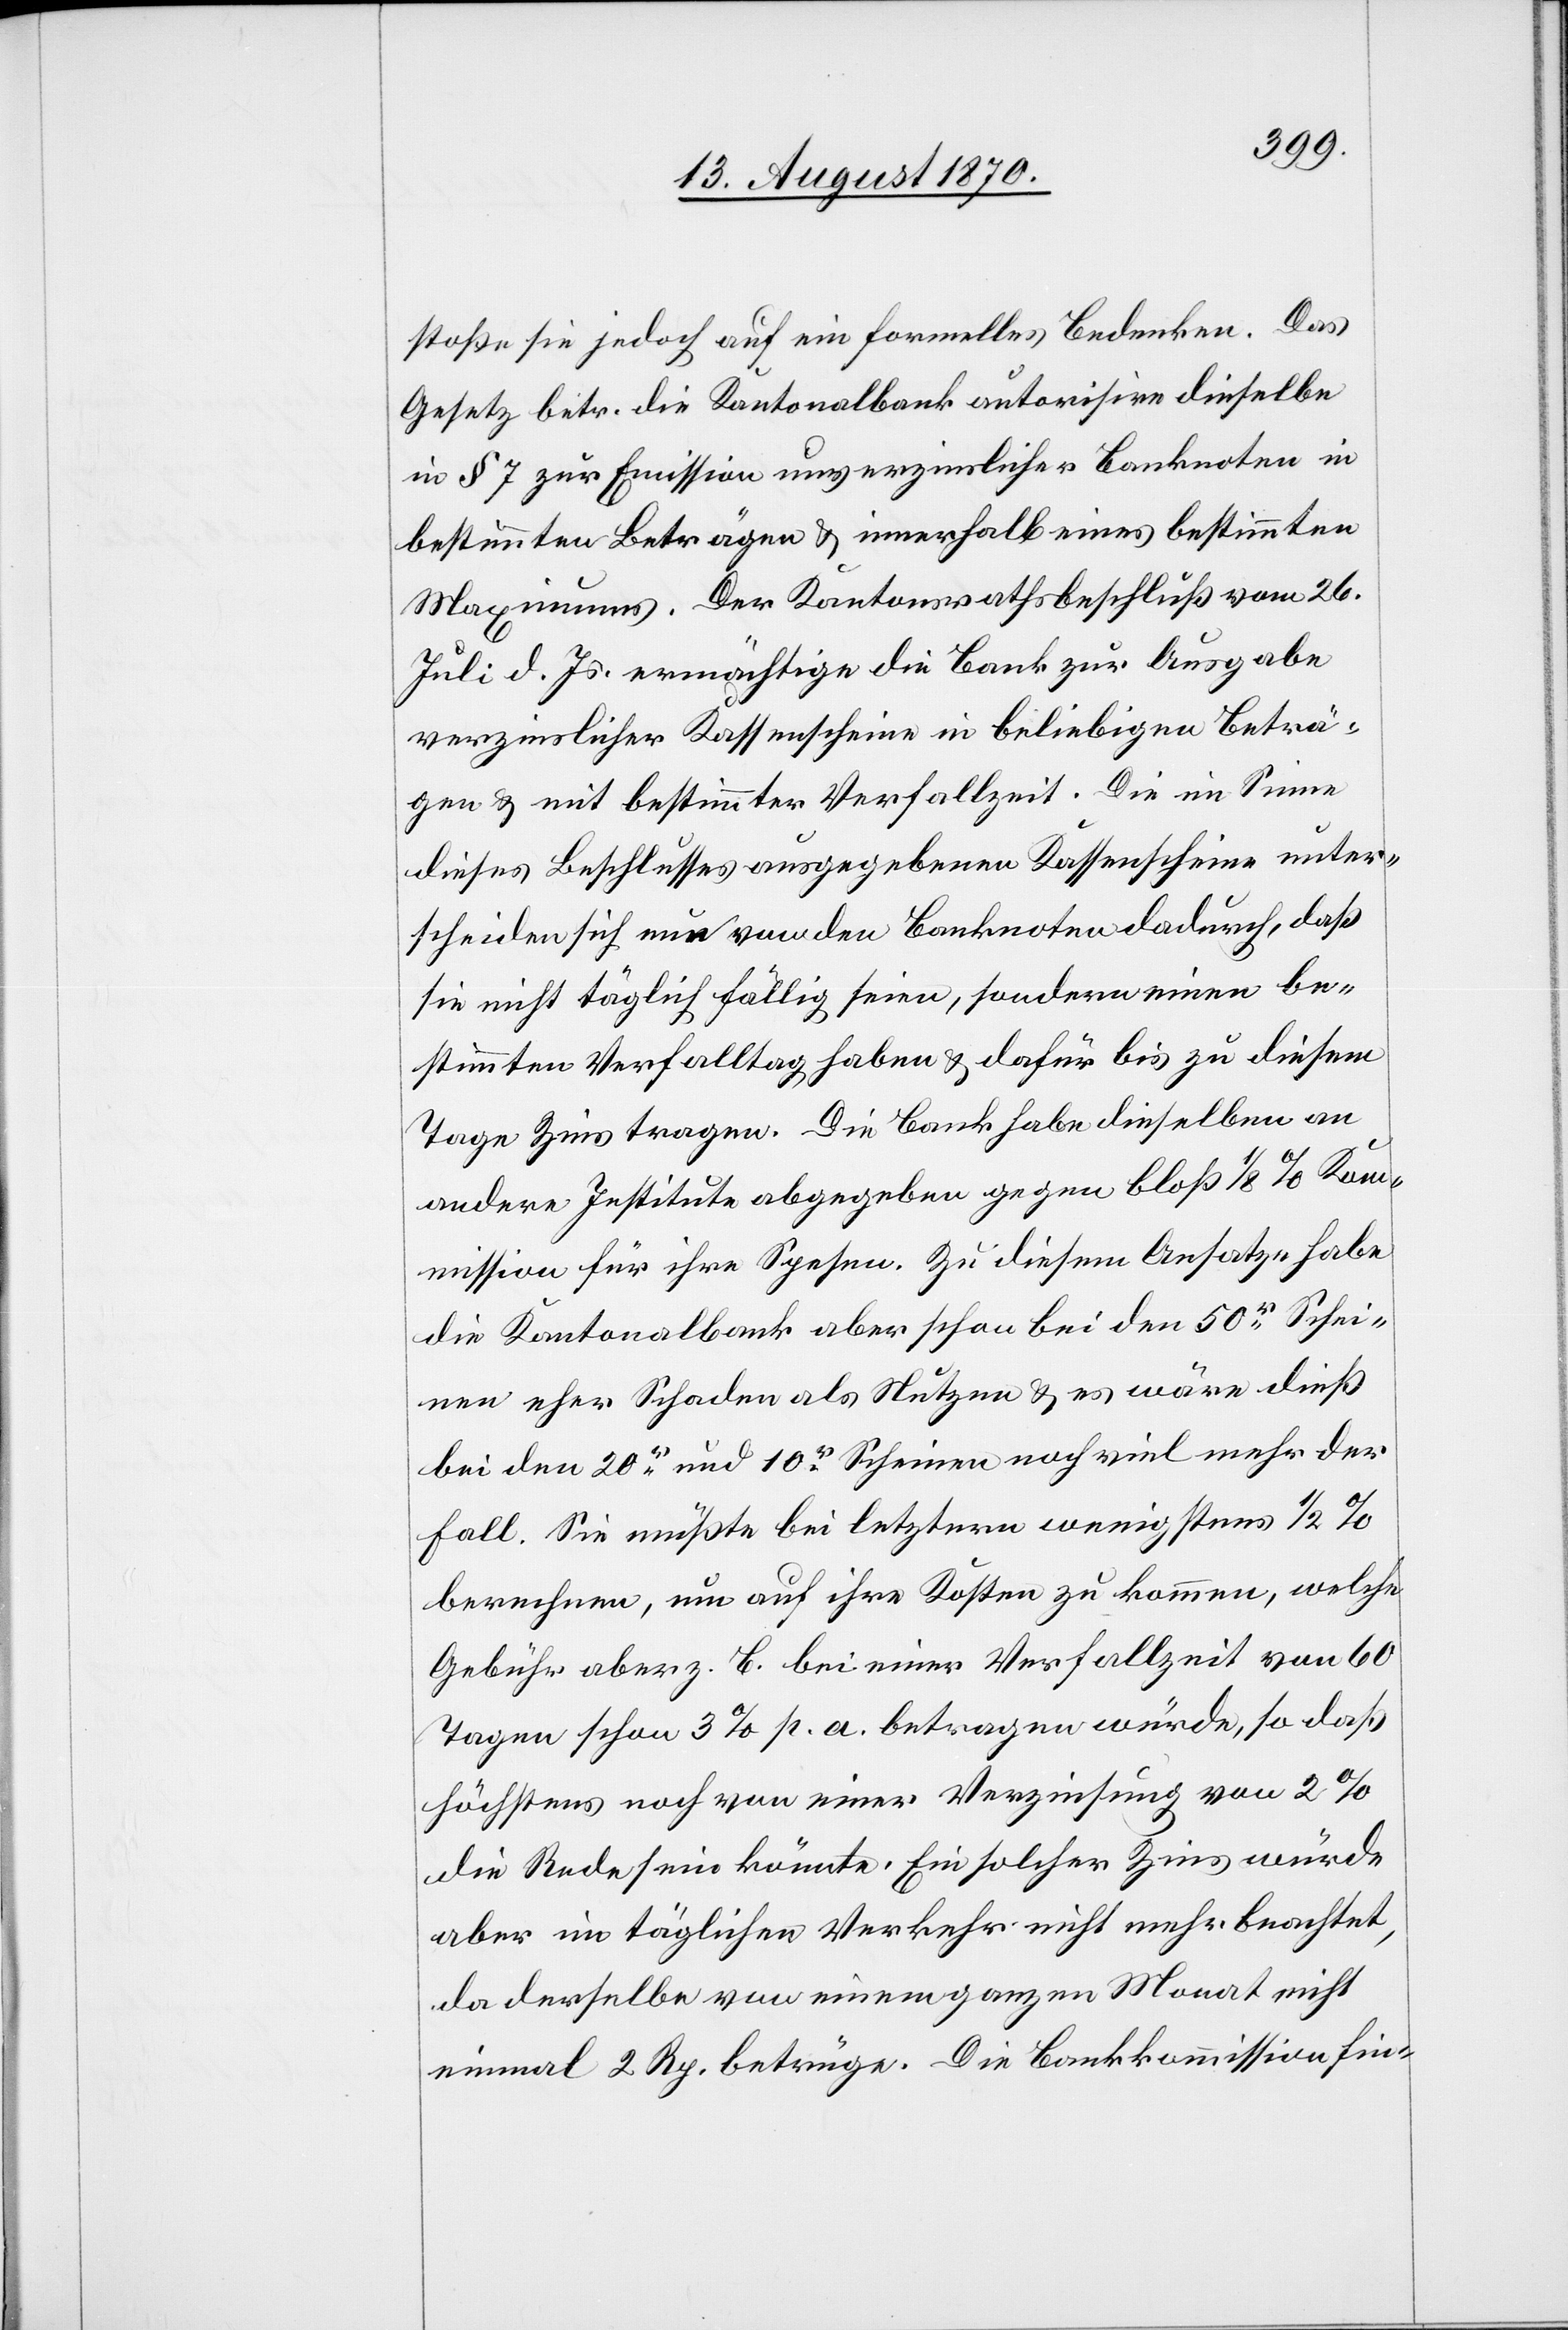
stoße sie jedoch auf ein formelles Bedenken. Das
Gesetz betr. die Kantonalbank autorisire dieselbe
in § 7 zur Emission unverzinslicher Banknoten in
bestimmten Beträgen & innerhalb eines bestimmten
Maximums. der Kantonsrathsbeschluß vom 26.
Juli d. Js. ermächtige die Bank zur Ausgabe
verzinslicher Kassenscheine in beliebigen Beträ¬
gen & mit bestimmter Verfallszeit. Die im Sinne
dieses Beschlusses ausgegebenen Kassenscheine unter¬
scheiden sich nun von den Banknoten dadurch, daß
sie nicht täglich fällig seien, sondern einen be¬
stimmten Verfalltag haben & dafür bis zu diesem
Tage Zins tragen. Die Bank habe dieselben an
andere Institute abgegeben gegen bloß 1/8% Ko¬
mmission für ihre Spesen. Zu diesem Ansatze habe
die Kantonalbank aber schon bei den 50er Schei¬
nen eher Schaden als Nutzen & es wäre dieß
bei den 20er und 10er Scheinen noch viel mehr der
Fall. Sie müßte bei letzten wenigstens 1/2%
berechnen, um auf ihre Kosten zu kommen, welche
Gebühr aber z. B. bei einer Verfallzeit von 60
Tagen schon 3% p. a. betragen würde, so daß
höchstens noch von einer Verzinsung von 2%
die Rede sein könnte. Ein solcher Zins würde
aber im täglichen Verkehr nicht mehr beachtet,
da derselbe von einem ganzen Monat nicht
einmal 2 Rp. betrüge. Die Bankkommission fin-